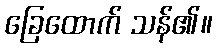
ခြေထောက် သန်၏။